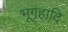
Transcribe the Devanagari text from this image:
भूगृहादि